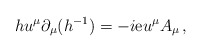
\begin{align*}h u^\mu\partial_\mu(h^{-1})=-i{\mathrm{e}}u^\mu A_\mu\,,\end{align*}